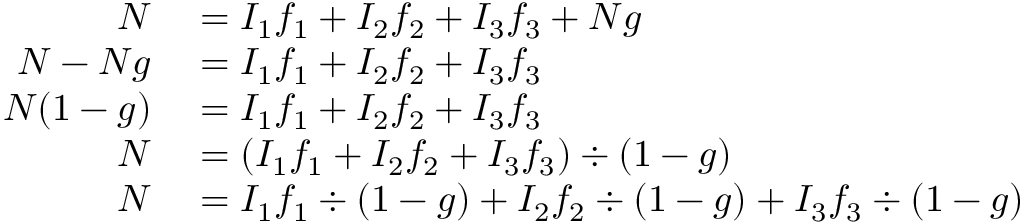
\begin{array} { r l } { N } & { { } = I _ { \mathrm { 1 } } f _ { \mathrm { 1 } } + I _ { \mathrm { 2 } } f _ { \mathrm { 2 } } + I _ { \mathrm { 3 } } f _ { \mathrm { 3 } } + N g } \\ { N - N g } & { { } = I _ { \mathrm { 1 } } f _ { \mathrm { 1 } } + I _ { \mathrm { 2 } } f _ { \mathrm { 2 } } + I _ { \mathrm { 3 } } f _ { \mathrm { 3 } } } \\ { N ( 1 - g ) } & { { } = I _ { \mathrm { 1 } } f _ { \mathrm { 1 } } + I _ { \mathrm { 2 } } f _ { \mathrm { 2 } } + I _ { \mathrm { 3 } } f _ { \mathrm { 3 } } } \\ { N } & { { } = ( I _ { \mathrm { 1 } } f _ { \mathrm { 1 } } + I _ { \mathrm { 2 } } f _ { \mathrm { 2 } } + I _ { \mathrm { 3 } } f _ { \mathrm { 3 } } ) \div ( 1 - g ) } \\ { N } & { { } = I _ { \mathrm { 1 } } f _ { \mathrm { 1 } } \div ( 1 - g ) + I _ { \mathrm { 2 } } f _ { \mathrm { 2 } } \div ( 1 - g ) + I _ { \mathrm { 3 } } f _ { \mathrm { 3 } } \div ( 1 - g ) } \end{array}